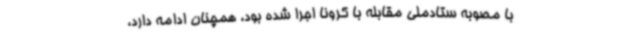
با مصوبه ستادملی مقابله با کرونا اجرا شده بود، همچنان ادامه دارد،